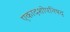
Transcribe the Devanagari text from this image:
एकादशोपनिषद